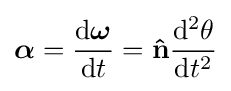
{\boldsymbol {\alpha }}={\frac {\mathrm {d} {\boldsymbol {\omega }}}{\mathrm {d} t}}=\mathbf {\hat {n}} {\frac {\mathrm {d} ^{2}\theta }{\mathrm {d} t^{2}}}